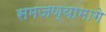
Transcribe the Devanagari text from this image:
समजण्यामागे